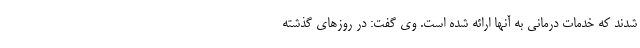
شدند که خدمات درمانی به آنها ارائه شده است. وی گفت: در روزهای گذشته